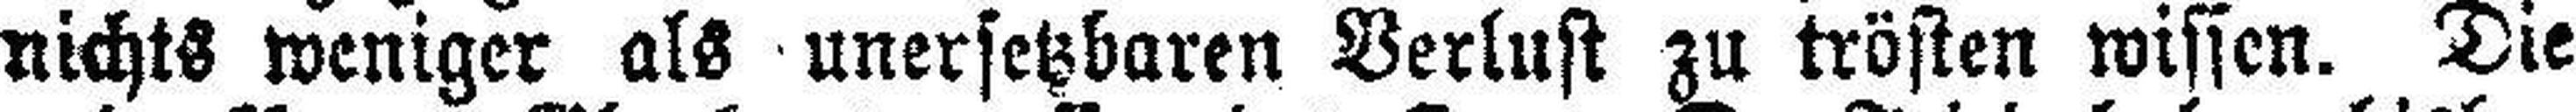
nichts weniger als unersetzbaren Verlust zu trösten wissen. Die